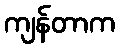
ကျန်တာက